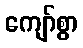
ကျော်စွာ